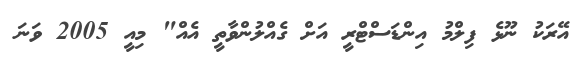
އޭރަކު ނޫޅެ ފިލްމު އިންޑަސްޓްރީ އަށް ގެއްލުންވާތީ އެއް" މިއީ 2005 ވަނަ